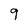
Character: 9